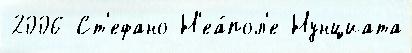
2006 Ст'ефано Н'еа́пол'е Нунциата